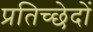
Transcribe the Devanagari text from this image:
प्रतिच्छेदों